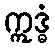
ဣဒ္ဓံ